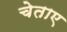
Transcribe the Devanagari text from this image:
चेताए